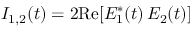
I _ { 1 , 2 } ( t ) = 2 \mathrm { R e } [ E _ { 1 } ^ { * } ( t ) \, E _ { 2 } ( t ) ]